Annual vaccination report of Bihar and Orissa - 1911-1928
Year: 1911
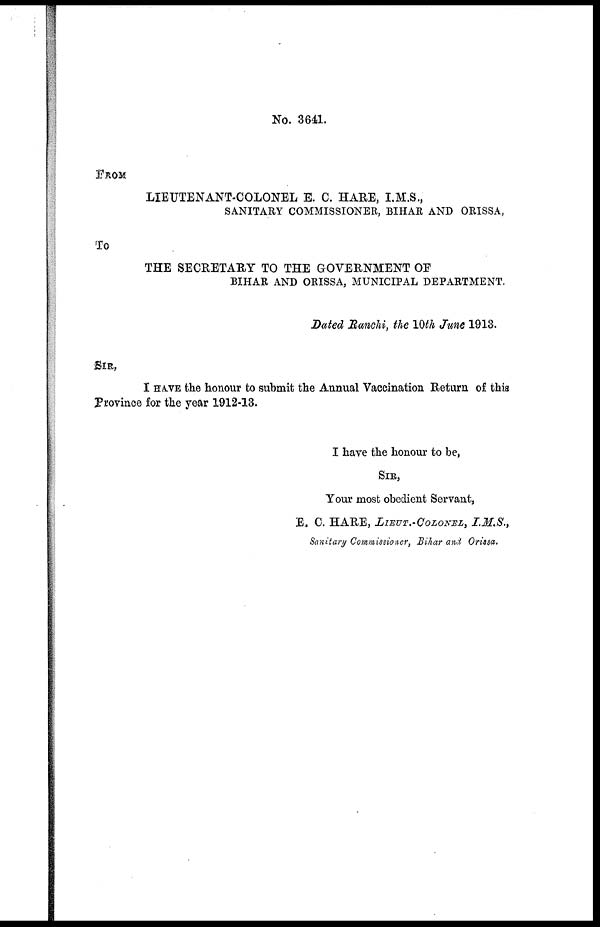
No. 3641.
FROM
LIEUTENANT-COLONEL E. C. HARE, I.M.S.,
SANITARY COMMISSIONER, BIHAR AND ORISSA,
To
THE SECRETARY TO THE GOVERNMENT OF
BIHAR AND ORISSA, MUNICIPAL DEPARTMENT.
Dated Ranchi, the 10th June 1913.
SIR,
I HAVE the honour to submit the Annual Vaccination Return of this
Province for the year 1912-13.
I have the honour to be,
SIR,
Your most obedient Servant,
E. C. HARE, LIEUT.-COLONEL, I.M.S.,
Sanitary Commissioner, Bihar and Orissa.